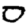
Digit: 0